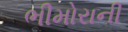
ભીમોરાની